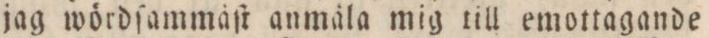
jag wördſammäſt anmäla mig till emottagande